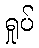
ရှုပ်